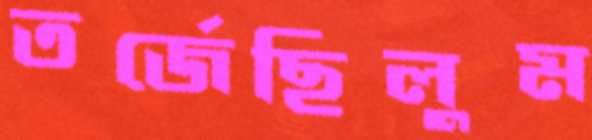
তর্জেছিলুম